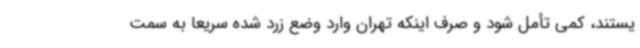
یستند، کمی تأمل شود و صرف اینکه تهران وارد وضع زرد شده سریعا به سمت